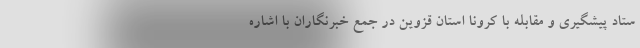
ستاد پیشگیری و مقابله با کرونا استان قزوین در جمع خبرنگاران با اشاره